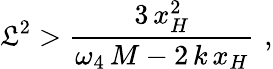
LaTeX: \mathfrak{L}^{2}>\frac{{3\, x_{H}^{2}}}{{\omega_{4}\, M-2\, k\, x_{H}}}\, \, ,